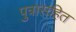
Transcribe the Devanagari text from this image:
पुत्रासहित